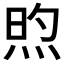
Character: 𬊏